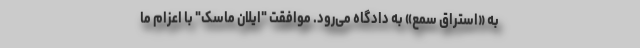
به «استراق سمع» به دادگاه می‌رود. موافقت "ایلان ماسک" با اعزام ما